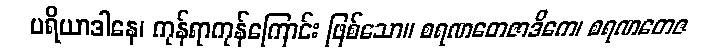
ပရိယာဒါနေ၊ ကုန်ရာကုန်ကြောင်း ဖြစ်သော။ စရဏတေဇာဒိကေ၊ စရဏတေဇ